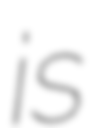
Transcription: is